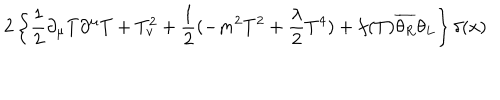
LaTeX: 2 \left\{ \frac { 1 } { 2 } \partial _ { \mu } T \partial ^ { \mu } T + T _ { v } ^ { 2 } + \frac { 1 } { 2 } ( - m ^ { 2 } T ^ { 2 } + \frac { \lambda } { 2 } T ^ { 4 } ) + f ( T ) \overline { { { \theta _ { R } } } } \theta _ { L } \right\} \delta ( x )